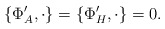
\begin{align*}\{ \Phi'_A, \cdot\}=\{ \Phi'_H, \cdot\}=0.\end{align*}